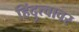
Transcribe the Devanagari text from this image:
हिंदुत्वावर